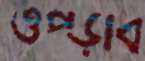
ওপ্‌ড়াব